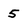
Character: 5